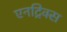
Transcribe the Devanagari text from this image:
एनट्रिक्स